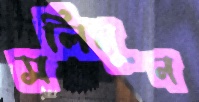
সলিমুন